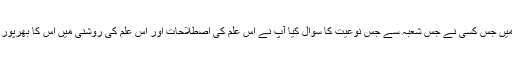
ان کی 55سالہ علمی زندگی میں جس کسی نے جس شعبہ سے جس نوعیت کا سوال کیا آپ نے اس علم کی اصطلاحات اور اس علم کی روشنی میں اس کا بھرپور تسلّی بخش جواب عطافرمایا۔